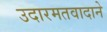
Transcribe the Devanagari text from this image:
उदारमतवादाने